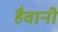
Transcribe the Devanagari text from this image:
हैवानी